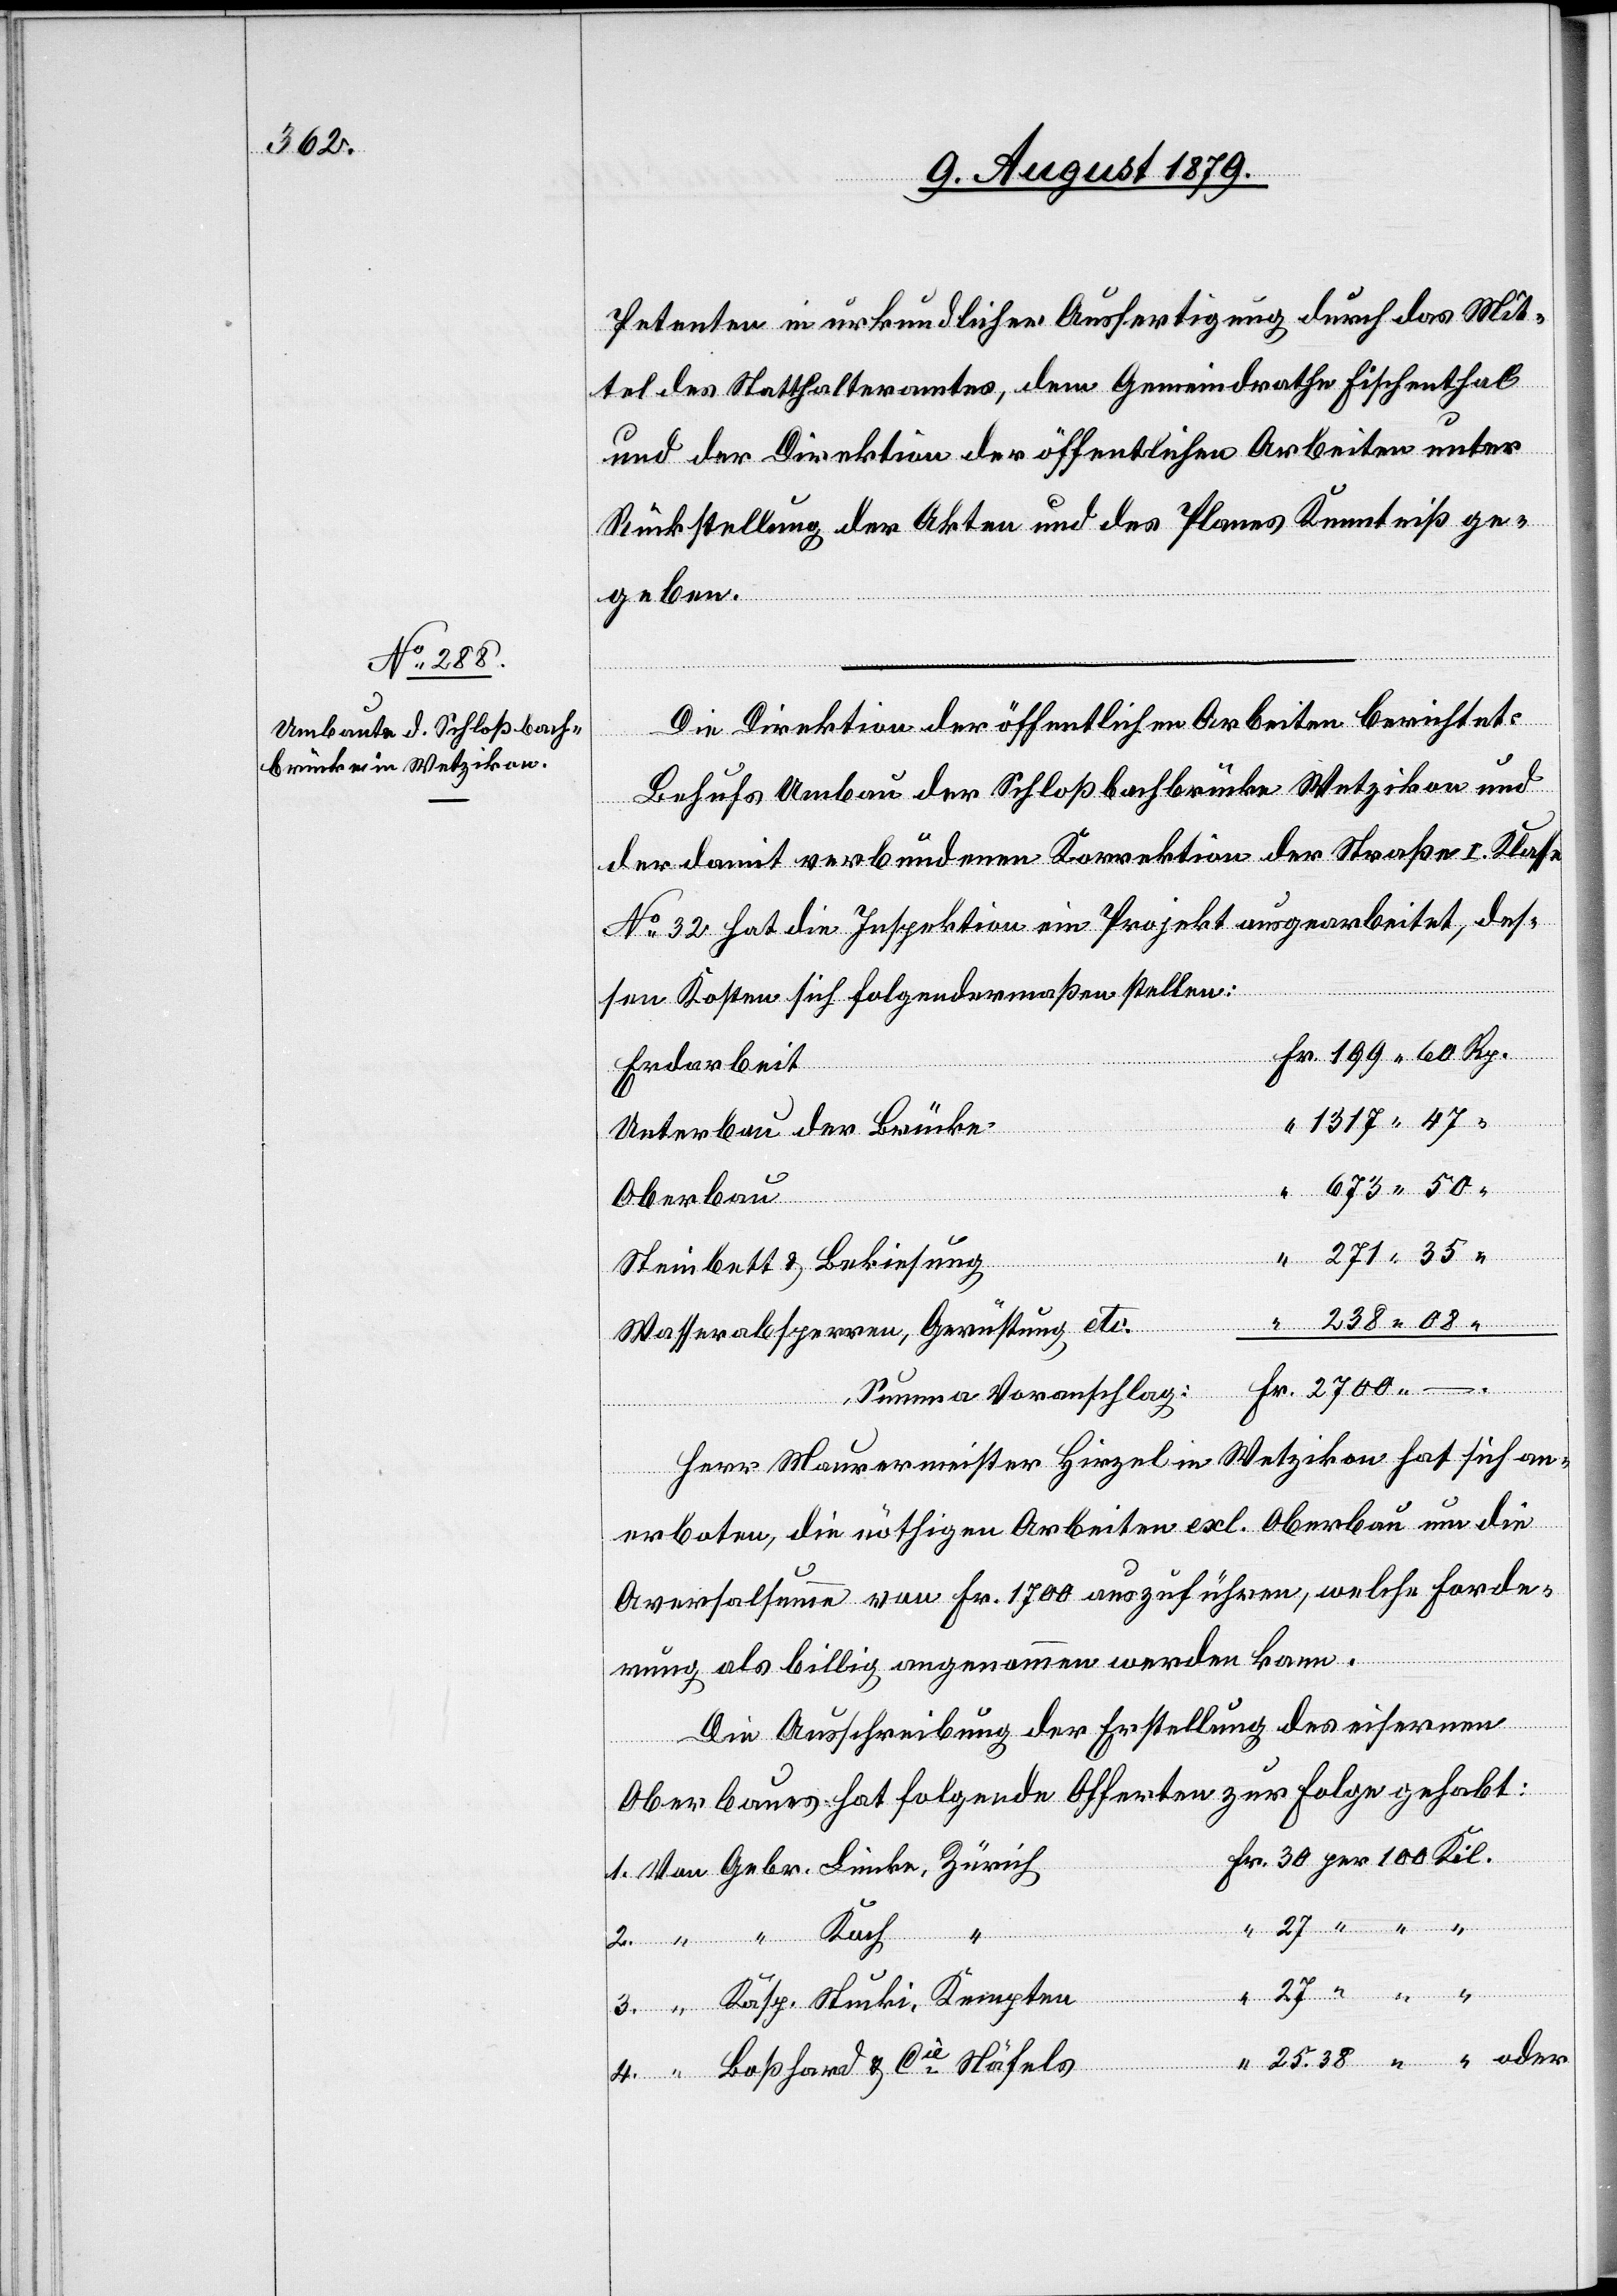
Petenten in urkundlicher Ausfertigung durch das Mit¬
tel des Statthalteramtes, dem Gemeindrathe Fischenthal
und der Direktion der öffentlichen Arbeiten unter
Rückstellung der Akten und des Planes Kenntniß ge¬
geben.
Die Direktion der öffentlichen Arbeiten berichtet:
Behufs Umbau der Schloßbachbrücke Wetzikon und
der damit verbundenen Korrektion der Straße I. Klasse
No 32 hat die Inspektion ein Projekt ausgearbeitet, des¬
sen Kosten sich folgendermaßen stellen:
Erdarbeit
Von
Unterbau der Brücke
Oberbau
4.
Steinbett & Bekiesung
Wasserabsperren, Gerüstung etc.
Summe Voranschlag:
Herr Maurermeister Hirzel in Wetzikon hat sich an¬
erboten, die nöthigen Arbeiten exl. Oberbau um die
Aversalsumme von Fr. 1700 auszuführen, welche Forde¬
rung als billig angenommen werden kann.
oder
Die Ausschreibung der Erstellung des eisernen
Oberbaues hat folgende Offerten zur Folge gehabt:
Koch
Cie